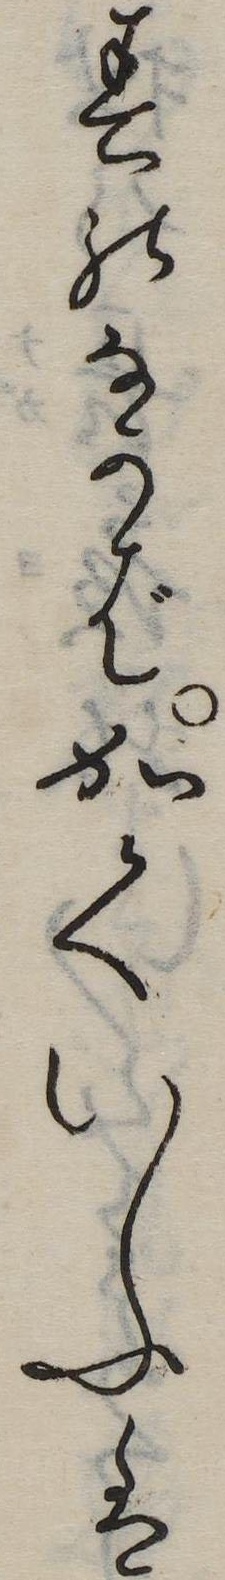
春のなかばかくいふは